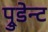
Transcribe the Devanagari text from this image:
प्रुडेन्ट